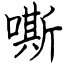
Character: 嘶